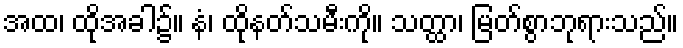
အထ၊ ထိုအခါ၌။ နံ၊ ထိုနတ်သမီးကို။ သတ္ထာ၊ မြတ်စွာဘုရားသည်။